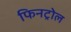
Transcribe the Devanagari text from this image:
फिनट्रोल